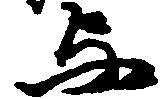
与